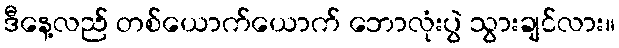
ဒီနေ့လည် တစ်ယောက်ယောက် ဘောလုံးပွဲ သွားချင်လား။